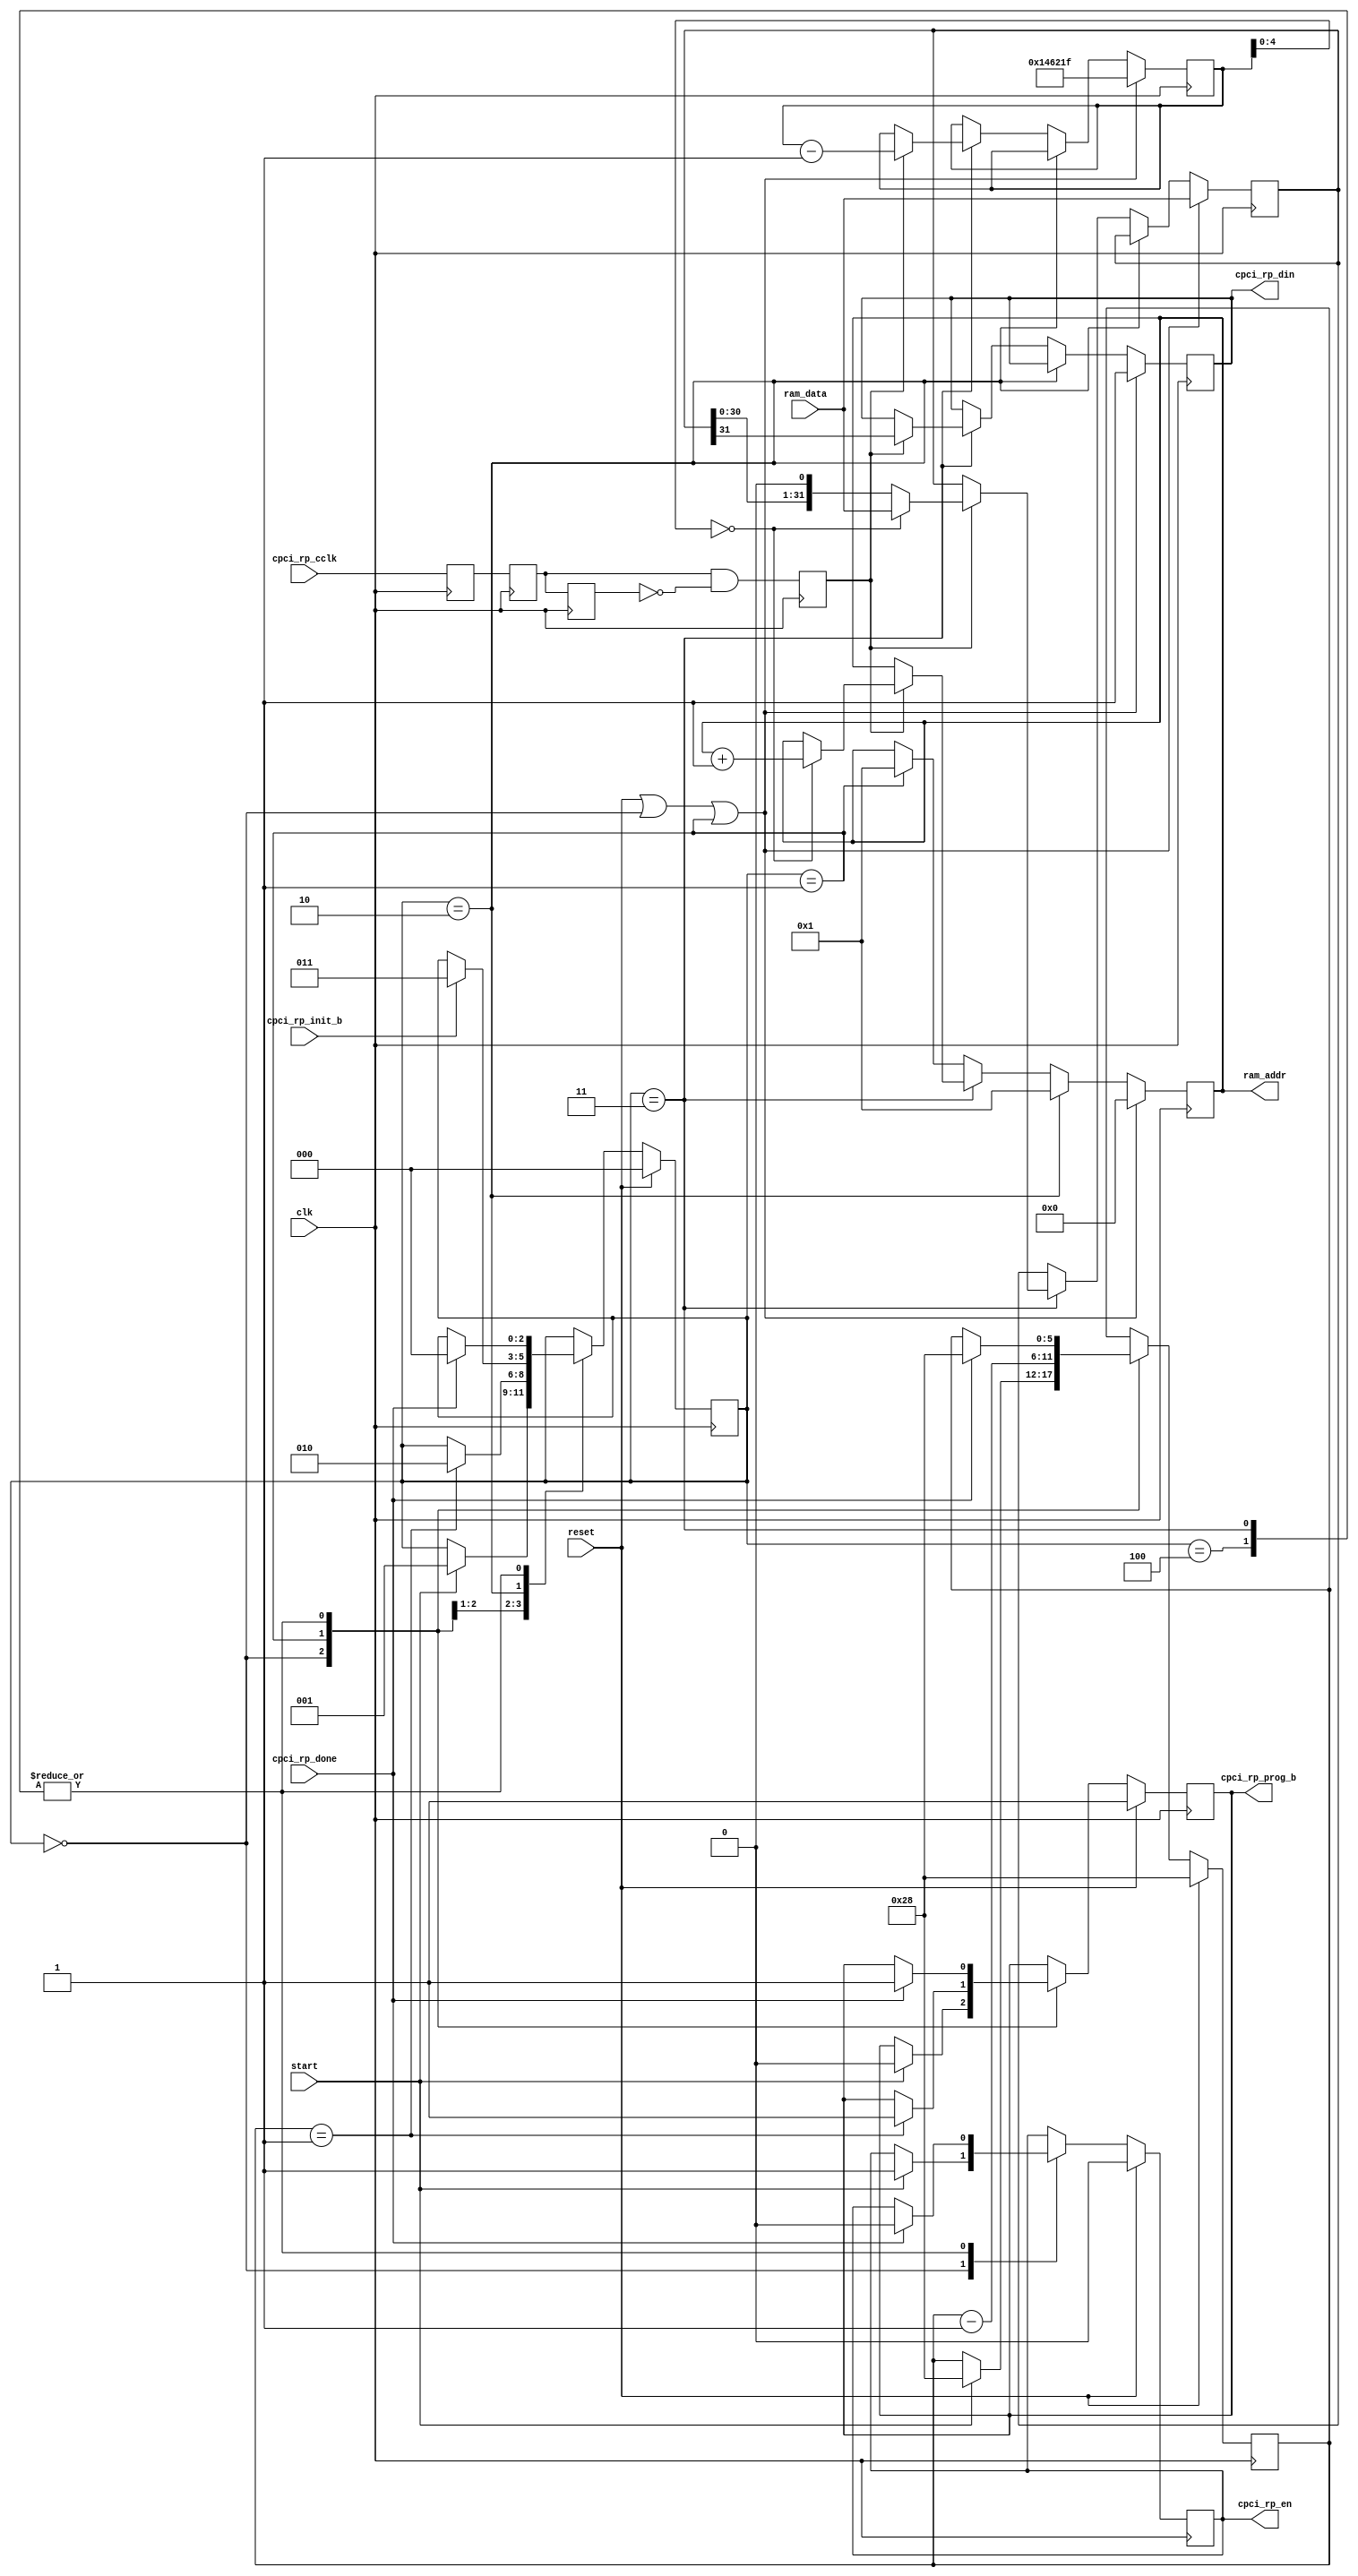
///////////////////////////////////////////////////////////////////////////////
// vim:set shiftwidth=3 softtabstop=3 expandtab:
// $Id: prog_ctrl.v 1912 2007-07-10 22:34:11Z grg $
//
// Module: prog_ctrl.v
// Project: NetFPGA
// Description: Reprogramming control
//
///////////////////////////////////////////////////////////////////////////////

module prog_ctrl
   #(
      parameter REG_ADDR_WIDTH = 5,
      parameter RAM_ADDR_WIDTH = 16,
      parameter RAM_DATA_WIDTH = 32
   )
   (
      // Programming ROM interface signals
      output reg [RAM_ADDR_WIDTH - 1:0]   ram_addr,
      input [RAM_DATA_WIDTH - 1 : 0]      ram_data,

      // Reprogramming signals
      input                      cpci_rp_done,
      input                      cpci_rp_init_b,
      input                      cpci_rp_cclk,

      output reg                 cpci_rp_en,
      output reg                 cpci_rp_prog_b,
      output reg                 cpci_rp_din,

      // Control signals
      input                      start,

      //
      input             clk,
      input             reset
   );


   function integer log2;
      input integer number;
      begin
         log2=0;
         while(2**log2<number) begin
            log2=log2+1;
         end
      end
   endfunction // log2


// ==============================================
// State machine states

localparam IDLE            = 3'd0;
localparam PROG_B          = 3'd1;
localparam WAIT_FOR_INIT   = 3'd2;
localparam PROGRAM         = 3'd3;
localparam DONE            = 3'd4;

// Bitstream size in bits
localparam BITSTREAM_SIZE  = 'd1335840;

// Need to hold PROG_B for at least 300ns which is
// 37.5 x 8ns clocks
localparam PROG_B_CNT_START = 'd40;


reg [2:0] state;
reg [20:0] bit_counter;

reg [5:0] prog_b_cnt;

reg [RAM_DATA_WIDTH - 1 : 0] curr_word;

reg cclk_sync1;
reg cclk_sync2;
reg cclk_sync2_d1;

reg cclk_posedge;


// ==============================================
// Main state machine

always @(posedge clk)
begin
   if (reset) begin
      cpci_rp_en <= 1'b0;
      cpci_rp_prog_b <= 1'b1;

      state <= IDLE;

      prog_b_cnt <= PROG_B_CNT_START;
   end
   else begin
      case (state)
         IDLE : begin
            if (start) begin
               cpci_rp_en <= 1'b1;
               cpci_rp_prog_b <= 1'b0;

               prog_b_cnt <= PROG_B_CNT_START;

               state <= PROG_B;
            end
         end

         PROG_B : begin
            // Wait until 300ns have elapsed
            if (prog_b_cnt == 'h1) begin
               cpci_rp_prog_b <= 1'b1;

               state <= WAIT_FOR_INIT;
            end

            prog_b_cnt <= prog_b_cnt - 'h1;
         end

         WAIT_FOR_INIT : begin
            if (cpci_rp_init_b) begin
               state <= PROGRAM;
            end
         end

         PROGRAM : begin
            /*if (download_done) begin
               state <= DONE;
            end*/
            if (cpci_rp_done) begin
               cpci_rp_en <= 1'b0;
               cpci_rp_prog_b <= 1'b1;

               state <= IDLE;
               //addr <= 'h0;

               prog_b_cnt <= PROG_B_CNT_START;
            end
         end

         DONE : begin
            if (cpci_rp_done) begin
               cpci_rp_en <= 1'b0;
               cpci_rp_prog_b <= 1'b1;

               state <= IDLE;
               //addr <= 'h0;

               prog_b_cnt <= PROG_B_CNT_START;
            end
         end

         default : begin
            // synthesis translate_off
            $display($time, " %m: Main state machine in invalid state: %x", state);
            // synthesis translate_on
         end
      endcase
   end
end



// ==============================================
// Data word state machine

always @(posedge clk)
begin
   if (reset || state == IDLE || state == PROG_B) begin
      cpci_rp_din <= 1'b1;

      curr_word <= ram_data;
      ram_addr <= 'h0;

      bit_counter <= BITSTREAM_SIZE - 'h1;
      //download_done <= 1'b0;
   end
   else if (state == WAIT_FOR_INIT) begin
      ram_addr <= 'h1;
   end
   else if (state == PROGRAM) begin
      // Only perform actions when the configuration clock rises
      if (cclk_posedge) begin
         bit_counter <= bit_counter - 'h1;

         cpci_rp_din <= curr_word[RAM_DATA_WIDTH - 1];

         // Fetch the next word if we have finished processing this one
         if (bit_counter[log2(RAM_DATA_WIDTH) - 1 : 0] == 'h0) begin
            curr_word <= ram_data;
            ram_addr <= ram_addr + 'h1;
         end
         else begin
            curr_word <= {curr_word[RAM_DATA_WIDTH - 2:0], 1'b0};
         end

         //if (bit_counter == 'h0) begin
            //download_done <= 1'b1;
         //end
      end
   end
   else if (state == PROG_B) begin
      // Move to the next state when we enter the prog_b state to make sure
      // the next word is ready.
      ram_addr <= 'h1;
   end
end



// ==============================================
// Generate cclk pulses

always @(posedge clk)
begin
   cclk_sync1 <= cpci_rp_cclk;
   cclk_sync2 <= cclk_sync1;
   cclk_sync2_d1 <= cclk_sync2;

   cclk_posedge <= cclk_sync2 && !cclk_sync2_d1;
end


endmodule // prog_ctrl